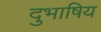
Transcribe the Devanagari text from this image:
दुभाषिय